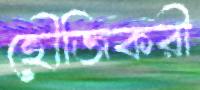
হৌজিকরী